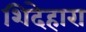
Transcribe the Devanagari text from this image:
शिदेहारा